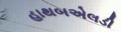
હાથબએલડી